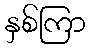
နှစ်ကြာ